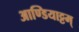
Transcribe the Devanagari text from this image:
आण्डियाट्टम्